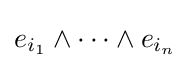
e_{i_{1}}\wedge \cdots \wedge e_{i_{n}}